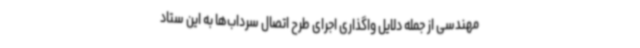
مهندسی از جمله دلایل واگذاری اجرای طرح اتصال سرداب‌ها به این ستاد